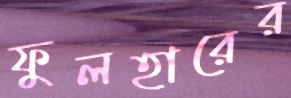
ফুলহারের